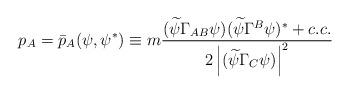
LaTeX: \begin{align*}p_A=\bar p_A(\psi ,\psi ^{*})\equiv m\frac{(\widetilde{\psi }\Gamma_{AB}\psi )(\widetilde{\psi }\Gamma ^B\psi )^{*}+c.c.}{2\left| (\widetilde{\psi }\Gamma _C\psi )\right| ^2} \end{align*}